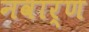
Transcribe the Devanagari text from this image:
नवार्ण